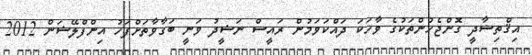
އިޤްތިޟާދީ ގޮންޖެހުންތަކުގެ ވާހަކަ ދައްކަވަމުން ރައީސް ނަޝީދު ވަނީ ބަގާވާތަށްފަހު އިންފްލޭޝަން 2012